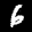
Label: 6